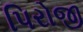
પિરોજી